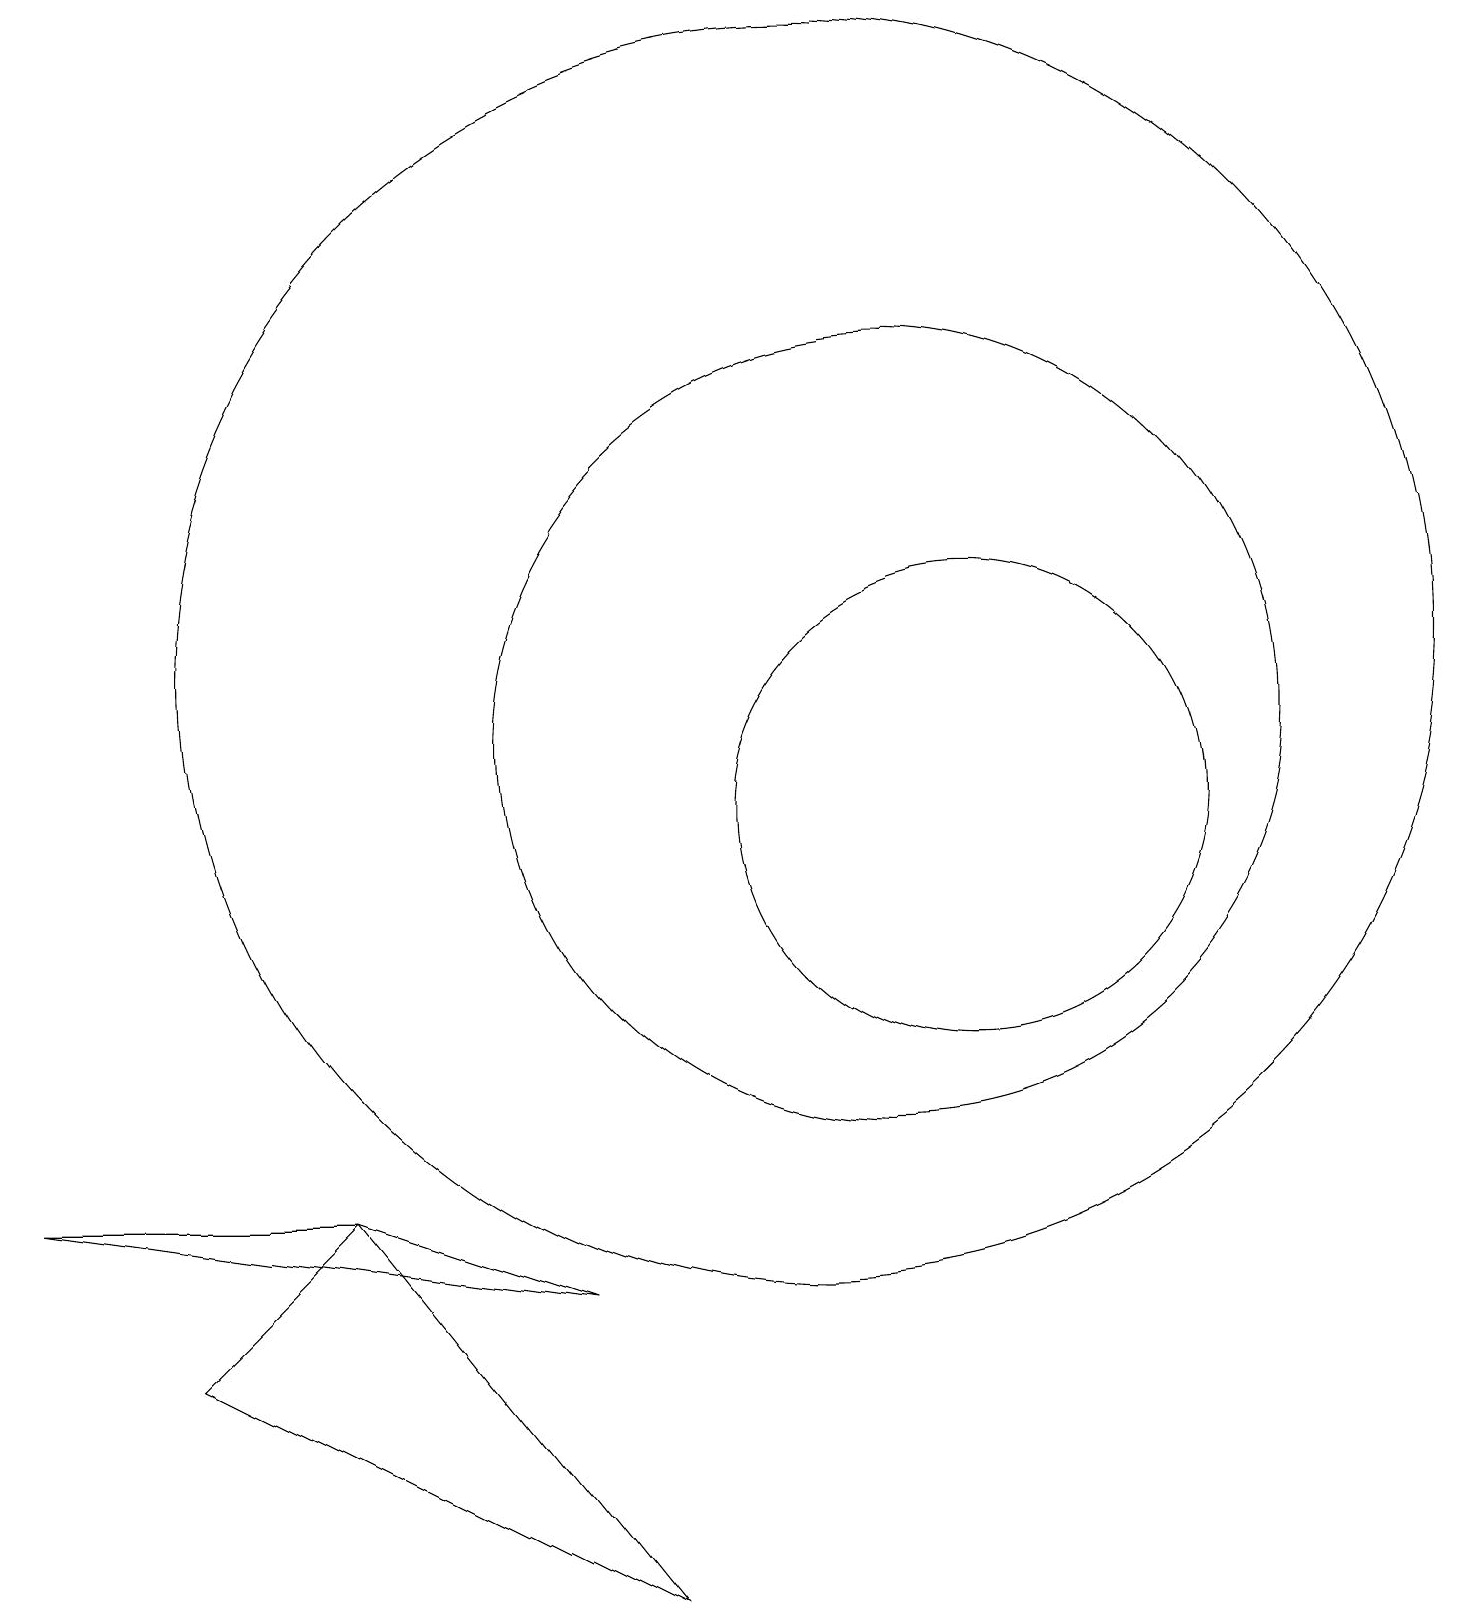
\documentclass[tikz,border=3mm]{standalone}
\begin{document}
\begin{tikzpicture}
\draw (11,11) circle (5);
\draw (10,12) circle (8);
\draw (7,4) -- (4,5) -- (0,5) -- cycle;
\draw (8,0) -- (4,5) -- (2,3) -- cycle;
\draw (12,10) circle (3);
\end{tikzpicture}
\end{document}